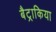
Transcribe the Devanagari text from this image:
बैट्राकिया